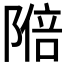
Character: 𬯑